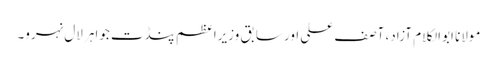
مولانا ابوالکلام آزاد، آصف علی اور سابق وزیراعظم پنڈت جواہر لال نہرو۔